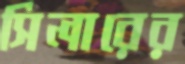
সিলারের